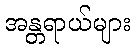
အန္တရာယ်များ